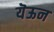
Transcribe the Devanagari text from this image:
यॆऊन